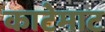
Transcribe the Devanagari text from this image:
काटेमाट